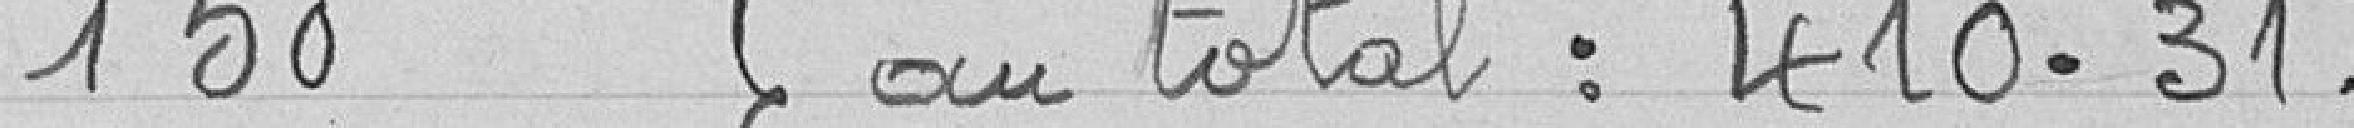
150 au total : 410.31